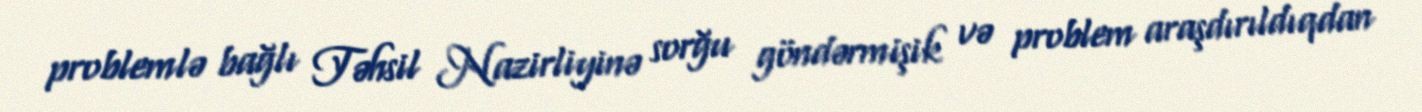
problemlə bağlı Təhsil Nazirliyinə sorğu göndərmişik və problem araşdırıldıqdan